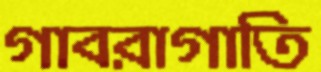
গাবরাগাতি